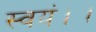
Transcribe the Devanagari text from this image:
स्वयं।।